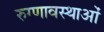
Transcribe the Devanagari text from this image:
रुग्णावस्थाओं